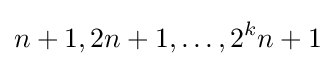
n+1,2n+1,\dots ,2^{k}n+1